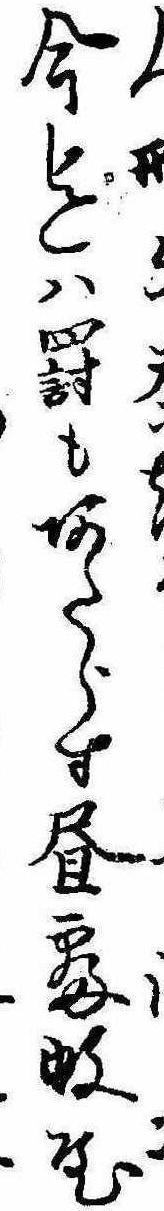
今迄は罰もあたらす昼寝蚊屋